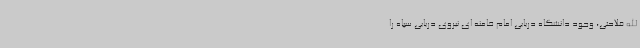
الله فلاحتی، وجود دانشگاه دریایی امام خامنه ای نیروی دریایی سپاه را